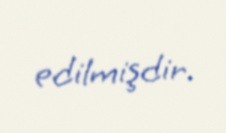
edilmişdir.